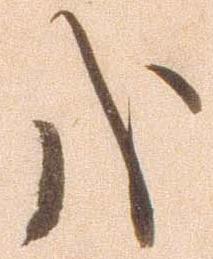
哉